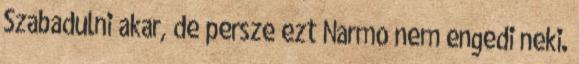
Szabadulni akar, de persze ezt Narmo nem engedi neki.